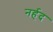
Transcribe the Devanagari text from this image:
नर्हद